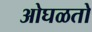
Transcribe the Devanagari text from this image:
ओघळतो